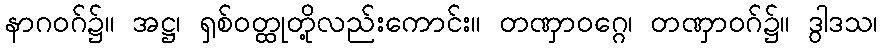
နာဂဝဂ်၌။ အဋ္ဌ၊ ရှစ်ဝတ္ထုတို့လည်းကောင်း။ တဏှာဝဂ္ဂေ၊ တဏှာဝဂ်၌။ ဒွါဒသ၊